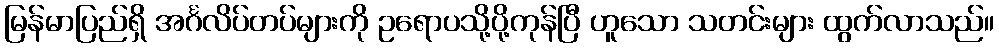
မြန်မာပြည်ရှိ အင်္ဂလိပ်တပ်များကို ဥရောပသို့ပို့ကုန်ပြီ ဟူသော သတင်းများ ထွက်လာသည်။